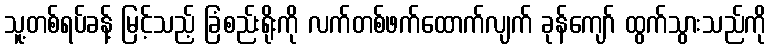
သူ့တစ်ရပ်ခန့် မြင့်သည့် ခြံစည်းရိုးကို လက်တစ်ဖက်ထောက်လျက် ခုန်ကျော် ထွက်သွားသည်ကို